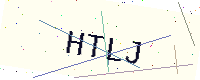
Text: HTLJ